Document type: Sale
Year: 1461
Scribe: [Unknown]
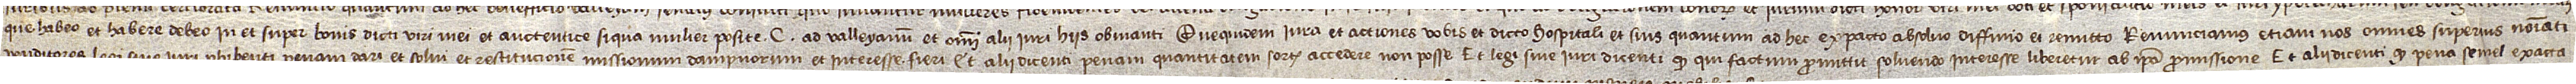
que habeo et habere debeo in et super bonis dicti viri mei, et auctentice “Siqua mulier”, posite C. ad Valleyanum, et omni alii iuri hiis obvianti. Quequidem iura et actiones vobis et dicto hospitali et suis quantum ad hec ex pacto absolvo, diffinio et remitto. Renunciamus etiam nos omnes superius nominati